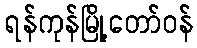
ရန်ကုန်မြို့တော်ဝန်